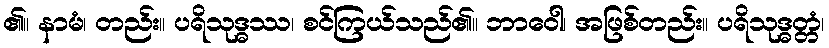
၏။ နာမံ၊ တည်း။ ပရိသုဒ္ဓဿ၊ စင်ကြယ်သည်၏။ ဘာဝေါ၊ အဖြစ်တည်း။ ပရိသုဒ္ဓတ္တံ၊